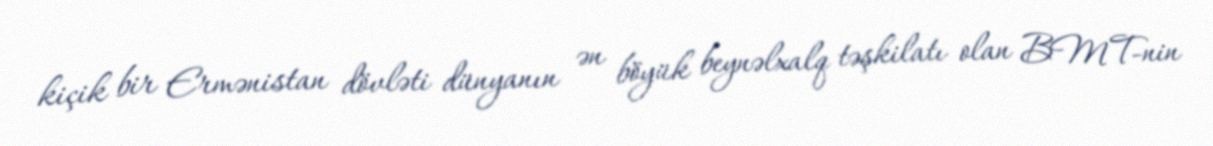
kiçik bir Ermənistan dövləti dünyanın ən böyük beynəlxalq təşkilatı olan BMT-nin